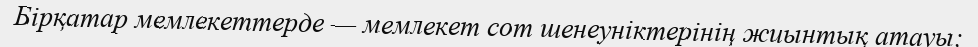
Бірқатар мемлекеттерде — мемлекет сот шенеуніктерінің жиынтық атауы;